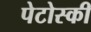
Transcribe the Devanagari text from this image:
पेटोस्की